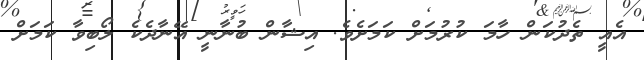
އެއީ ތެދުކަން ހާމަ ކުރުމަށް ކަމަށެވެ. އިޝާން ބުނާނީ އޭނާދެކެ ލޯބިވާ ކަމަށް